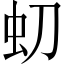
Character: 虭